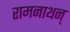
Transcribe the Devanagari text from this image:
रामनाथन्